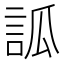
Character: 𧦼